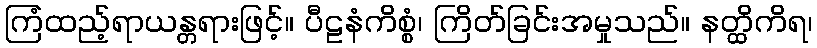
ကြံထည့်ရာယန္တရားဖြင့်။ ပီဠနံကိစ္စံ၊ ကြိတ်ခြင်းအမှုသည်။ နတ္ထိကိရ၊